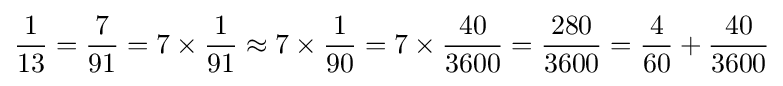
{\frac {1}{13}}={\frac {7}{91}}=7\times {\frac {1}{91}}\approx 7\times {\frac {1}{90}}=7\times {\frac {40}{3600}}={\frac {280}{3600}}={\frac {4}{60}}+{\frac {40}{3600}}